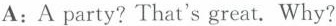
A: A party? That's great. Why?